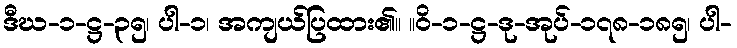
ဒီဃ-၁-ဋ္ဌ-၃၅၊ ပါ-၁၊ အကျယ်ပြထား၏။ ။ဝိ-၁-ဋ္ဌ-ဒု-အုပ်-၁၇၈-၁၈၅၊ ပါ-